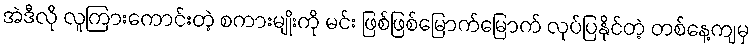
အဲဒီလို လူကြားကောင်းတဲ့ စကားမျိုးကို မင်း ဖြစ်ဖြစ်မြောက်မြောက် လုပ်ပြနိုင်တဲ့ တစ်နေ့ကျမှ